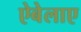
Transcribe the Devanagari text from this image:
ऐबेलाए